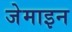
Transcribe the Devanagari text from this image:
जेमाइन